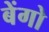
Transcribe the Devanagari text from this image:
बेंगो